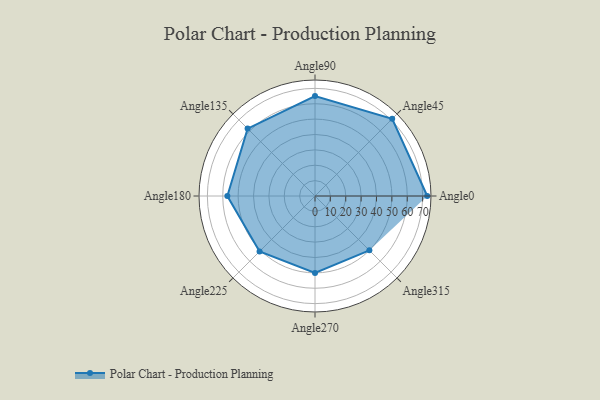
{"axis": {"x": "Angle", "y": "Radius"}, "legend": [""], "data": [{"x": "Angle0", "y": 73.0, "type": ""}, {"x": "Angle45", "y": 71.0, "type": ""}, {"x": "Angle90", "y": 65.0, "type": ""}, {"x": "Angle135", "y": 62.0, "type": ""}, {"x": "Angle180", "y": 57.0, "type": ""}, {"x": "Angle225", "y": 51.0, "type": ""}, {"x": "Angle270", "y": 50, "type": ""}, {"x": "Angle315", "y": 50, "type": ""}]}